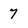
Character: 7